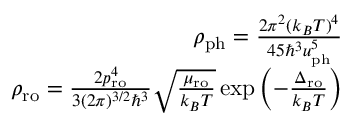
\begin{array} { r l r } & { } & { \rho _ { \mathrm { p h } } = \frac { 2 \pi ^ { 2 } ( k _ { B } T ) ^ { 4 } } { 4 5 \hbar ^ { 3 } u _ { \mathrm { p h } } ^ { 5 } } } \\ & { } & { \rho _ { \mathrm { r o } } = \frac { 2 p _ { \mathrm { r o } } ^ { 4 } } { 3 ( 2 \pi ) ^ { 3 / 2 } \hbar ^ { 3 } } \sqrt { \frac { \mu _ { \mathrm { r o } } } { k _ { B } T } } \exp \left( - \frac { \Delta _ { \mathrm { r o } } } { k _ { B } T } \right) } \end{array}